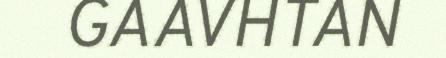
GAAVHTAN